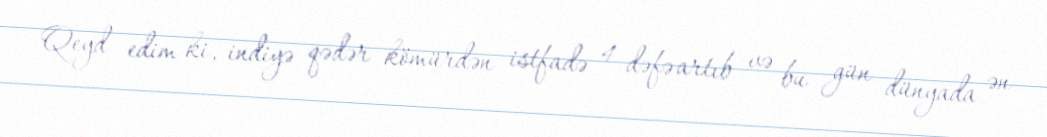
Qeyd edim ki, indiyə qədər kömürdən istfadə 4 dəfə artıb və bu gün dünyada ən